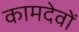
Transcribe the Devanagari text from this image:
कामदेवों